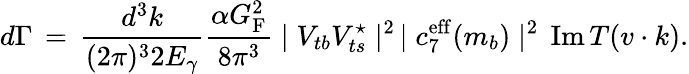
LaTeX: d\Gamma\, =\, {\frac{d^{3}k}{(2\pi)^{3}2E_{\gamma}}}{\frac{\alpha G_{\mathrm{F}}^{2}}{8\pi^{3}}}\mid V_{tb}V_{ts}^{\star}\mid^{2}\, \mid c_{7}^{\mathrm{eff}}(m_{b})\mid^{2}\, \mathrm{Im}\, T(v\cdot k).